French assistants in Scottish schools and training centres, 1928
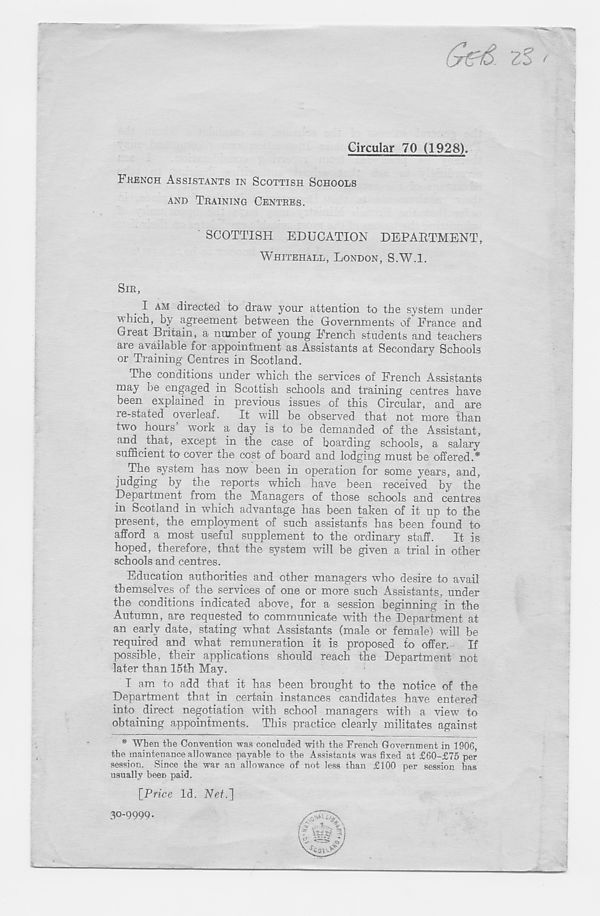
(ytfS. 2% <
Circular 70 (1928).
FKENCH ASSISTANTS IN SCOTTISH SCHOOLS
AND TRAINING CENTRES.
SCOTTISH EDUCATION DEPARTMENT,
WHITEHALL, LONDON, S.W.l.
SIR,
I AM directed to draw your attention to the system under
which, by agreement between the Governments of France and
Gieat Britain, a number of young French students and teachers
are available for appointment as Assistants at Secondary Schools
or Training Centres in Scotland.
The conditions under which the services of French Assistants
may be engaged in Scottish schools and training centres have
been explained in previous issues of this Circular, and are
re-stated overleaf.
It will be observed that not more than
two hours’ work a day is to be demanded of the Assistant,
and that, except in the case of boarding schools, a salary
sufficient to cover the cost of board and lodging must be offered.*
The system has now been in operation for some years, and,
judging by the reports which have been received by the
Department from the Managers of those schools and centres
in Scotland in which advantage has been taken of it up to the
present, the employment of such assistants has been found to
afford a most useful supplement to the ordinary staff.
It is
hoped, therefore, that the system will be given a trial in other
schools and centres.
Education authorities and other managers who desire to avail
themselves of the services of one or more such Assistants, under
the conditions indicated above, for a session beginning in the
Autumn, are requested to communicate with the Department at
an early date, stating what Assistants (male or female) will be
required and what remuneration it is proposed to offer. If
possible, their applications should reach the Department not
later than 15th May.
I am to add that it has been brought to the notice of the
Department that in certain instances candidates have entered
into direct negotiation with school managers with a view to
obtaining appointments. This practice clearly militates against
* When the Convention was concluded with the French Government in 1906,
the maintenance allowance payable to the Assistants was fixed at £60-f 75 per
session. Since the war an allowance of not less than £100 per session has
usually been paid.
[Price Id. Net.']
30-9999.